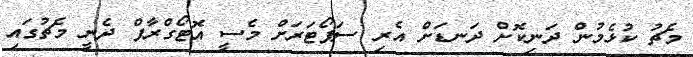
މެޗު ކުޅެމުން ދަނިކޮށް ދަނޑަށް އެރި ސަޕޯޓަރަށް މެސީ އޮޓޯގްރާފް ދެނީ މެޗުގައި